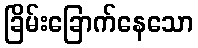
ခြိမ်းခြောက်နေသော